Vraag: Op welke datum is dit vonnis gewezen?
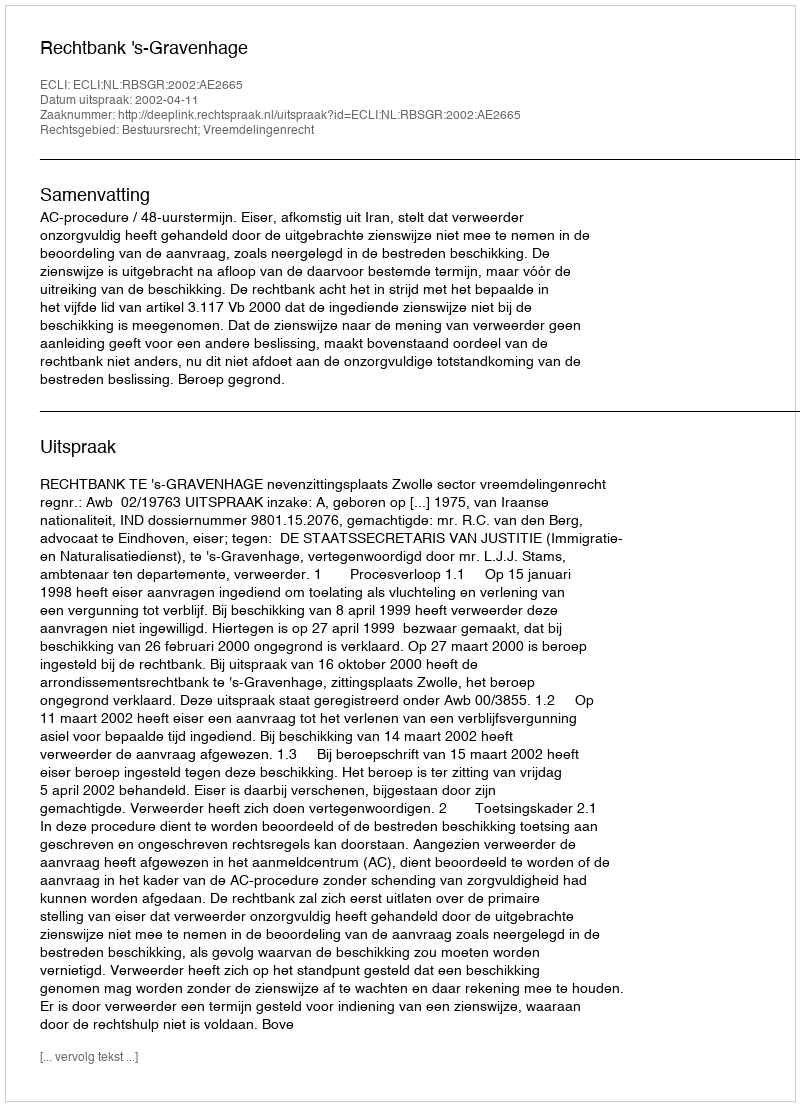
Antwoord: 2002-04-11